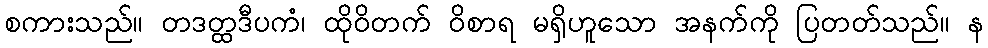
စကားသည်။ တဒတ္ထဒီပကံ၊ ထိုဝိတက် ဝိစာရ မရှိဟူသော အနက်ကို ပြတတ်သည်။ န